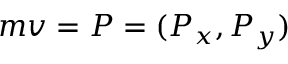
m \boldsymbol { v } = \boldsymbol { P } = ( P _ { x } , P _ { y } )